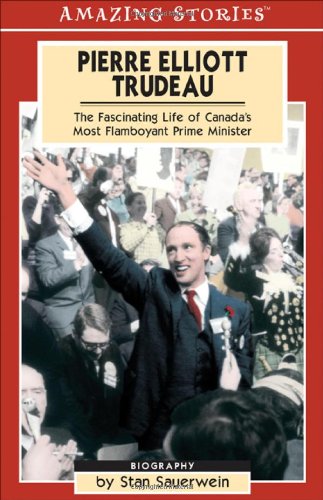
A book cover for Pierre Elliot Trudeau: The Fascinating Life of Canada's most Flamboyant Prime Minister (Amazing Stories); Stan Sauerwein; Biographies & Memoirs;